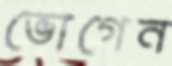
ভোগেন